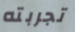
تجربته